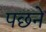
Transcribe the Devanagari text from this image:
पछने